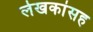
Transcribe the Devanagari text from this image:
लेखकांसह